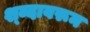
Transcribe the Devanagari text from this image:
श्ब्दावरून